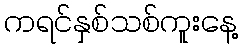
ကရင်နှစ်သစ်ကူးနေ့